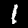
Digit: 1